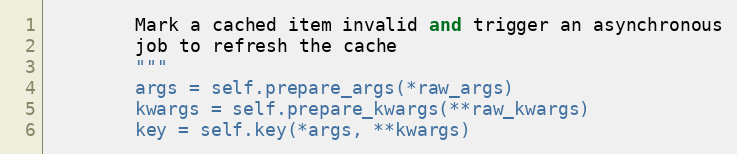
Language: Python
        Mark a cached item invalid and trigger an asynchronous
        job to refresh the cache
        """
        args = self.prepare_args(*raw_args)
        kwargs = self.prepare_kwargs(**raw_kwargs)
        key = self.key(*args, **kwargs)